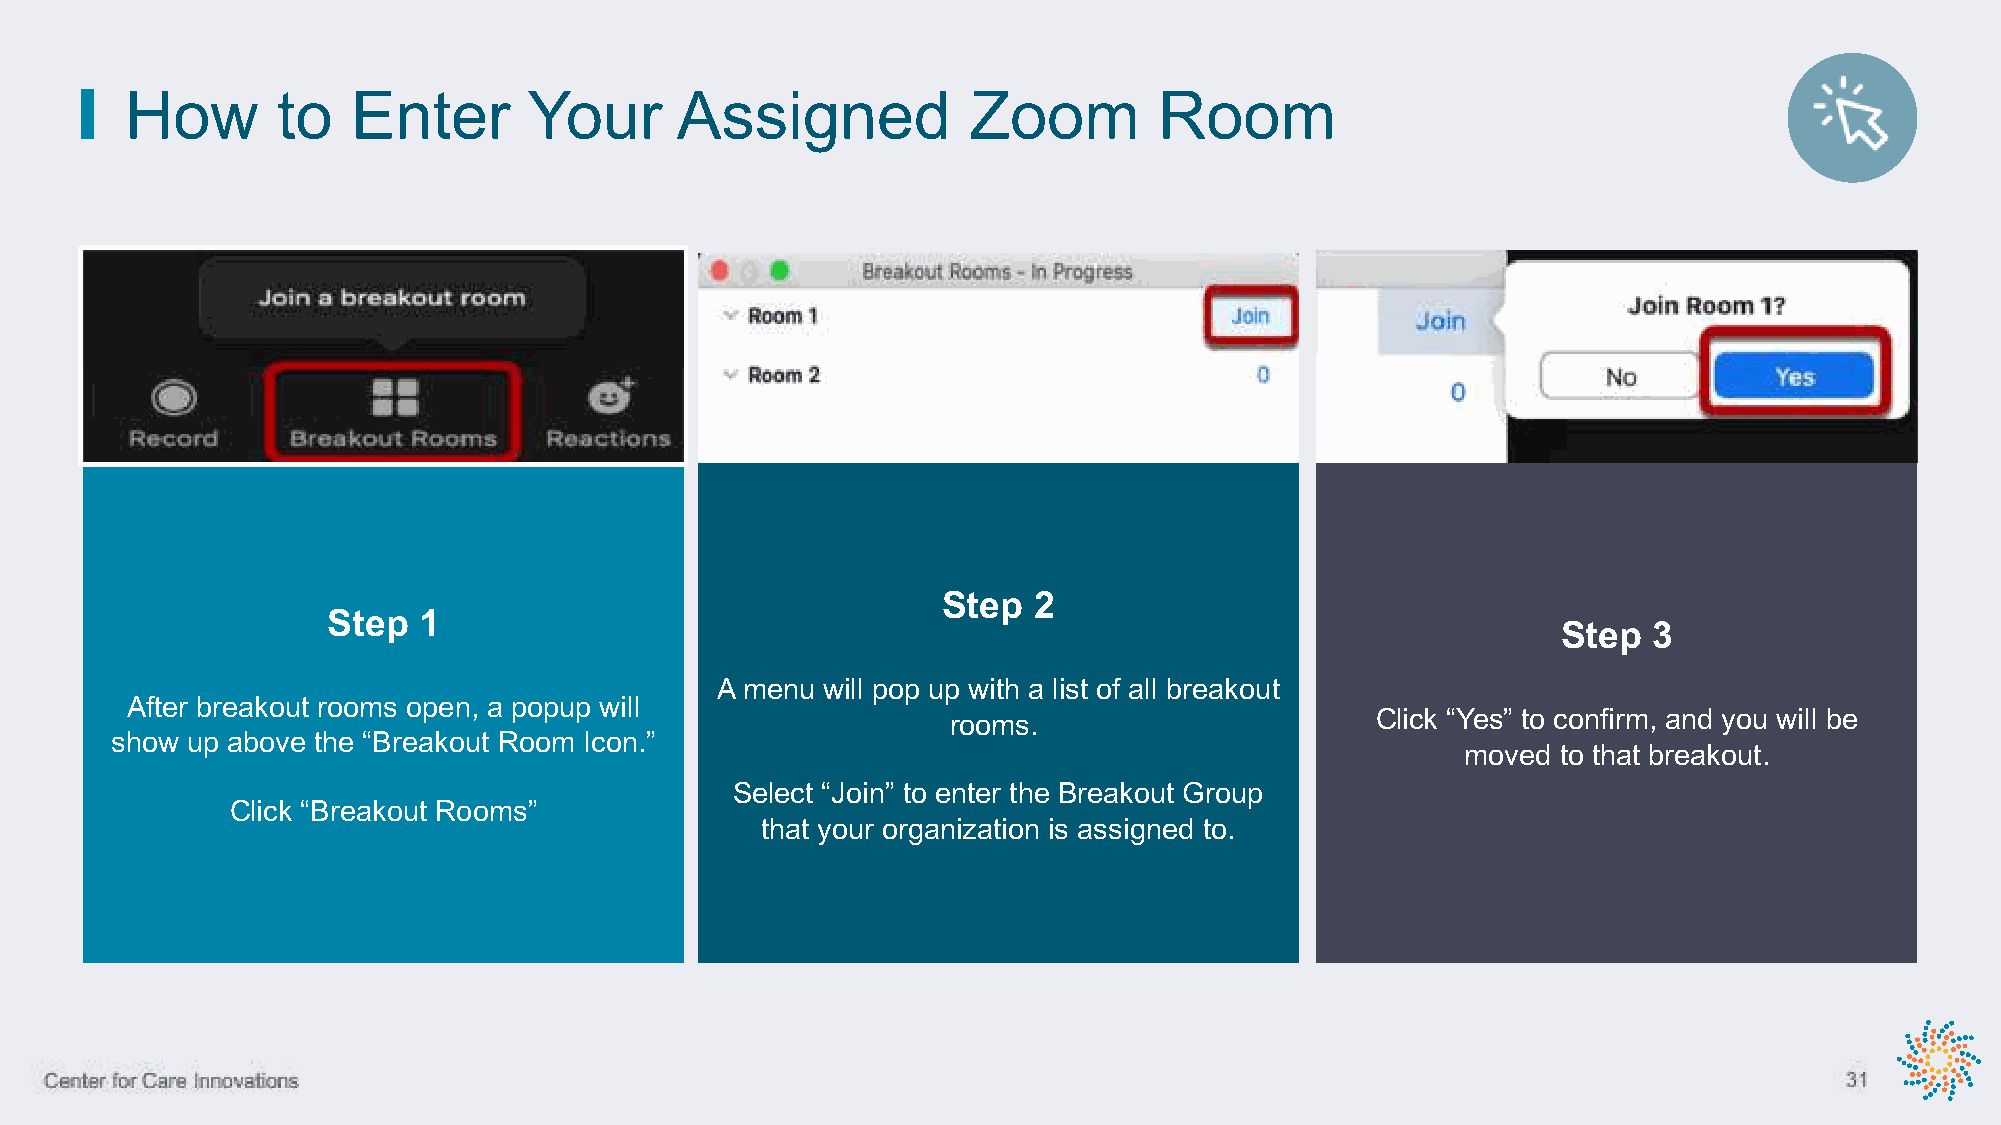
How       to   Enter       Your      Assigned           Zoom         Room
 Step  2
 Step  1
 Step  3
 A menu will pop up with a list of all breakout
 After breakout rooms open, a popup will
 rooms.                      Click “Yes” to confirm, and you will be
 show up above the “Breakout Room Icon.”
 moved to that breakout.
 Select “Join” to enter the Breakout Group
 Click “Breakout Rooms”
 that your organization is assigned to.